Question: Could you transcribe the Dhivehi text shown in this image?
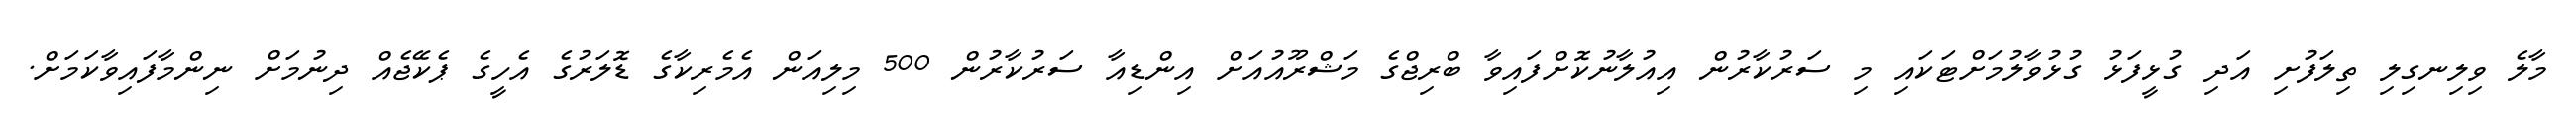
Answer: މާލެ ވިލިނގިލި ތިލަފުށި އަދި ގުޅީފަޅު ގުޅުވާލުމަށްޓަކައި މި ސަރުކާރުން އިއުލާނުކޮށްފައިވާ ބްރިޖްގެ މަޝްރޫއުއަށް އިންޑިއާ ސަރުކާރުން 500 މިލިއަން އެމެރިކާގެ ޑޮލަރުގެ އެހީގެ ޕެކޭޖެއް ދިނުމަށް ނިންމާފައިވާކަމަށް.